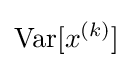
\operatorname {Var} [x^{(k)}]